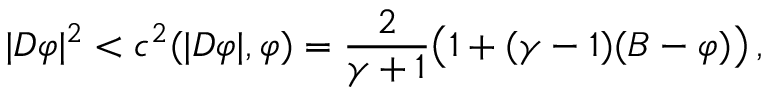
| D \varphi | ^ { 2 } < c ^ { 2 } ( | D \varphi | , \varphi ) = \frac { 2 } { \gamma + 1 } \big ( 1 + ( \gamma - 1 ) ( B - \varphi ) \big ) \, ,